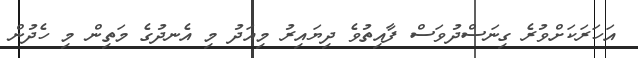
އަހަރަކަށްވުރެ ގިނަސްދުވަސް ފާއިތުވެ ދިޔައިރު މިއަދު މި އެނދުގެ މަތިން މި ހެދުން